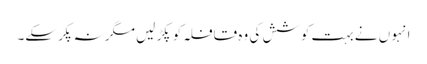
انہو ں نے بہت کوشش کی وہ قافلہ کو پکڑ لیں مگر نہ پکرسکے۔